Indian journal of veterinary science and animal husbandry - Volumes 26-27, 1956-1957
Year: 1956
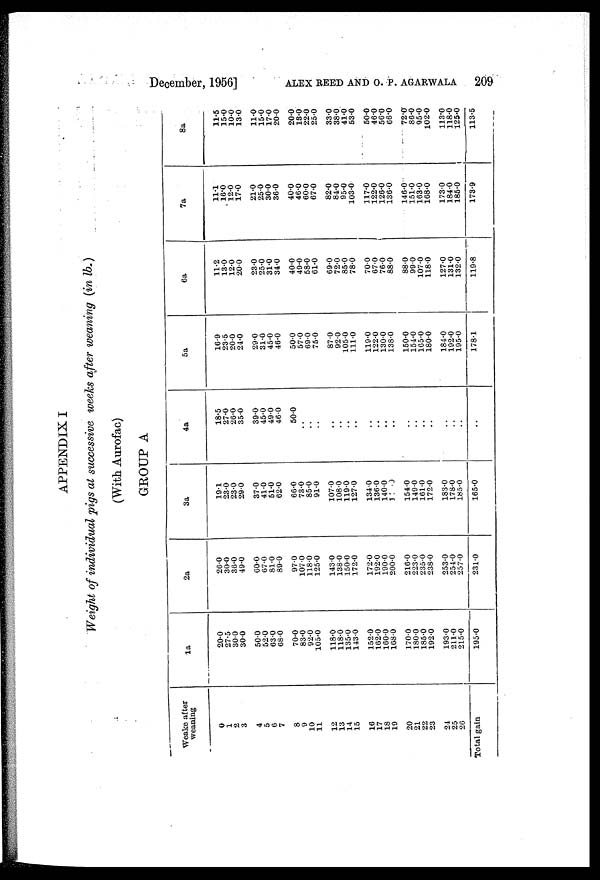
December, 1956] ALEX REED AND O. P. AGARWALA 209
APPENDIX I
Weight of individual pigs at successive weeks after weaning (in lb.)
(With Aurofac)
GROUP A
Weake after
weaning
0
1
2
3
4
5
6
7
8
9
10
11
12
13
14
15
16
17
18
19
20
21
22
23
24
25
26
Total gain
1a
20.0
27.5
30.0
30.0
50.0
52.0
63.0
68.0
70.0
83.0
92.0
105.0
118.0
118.0
135.0
143.0
152.0
162.0
160.0
168.0
170.0
180.0
185.0
192.0
193.0
211.0
215.0
195.0
2a
26.0
30.0
36.0
49.0
60.0
67.0
81.0
89.0
97.0
107.0
118.0
125.0
143.0
138.0
150.0
172.0
172.0
192.0
190.0
200.0
216.0
223.0
235.0
238.0
253.0
254.0
257.0
231.0
3a
19.1
23.0
23.0
29.0
37.0
41.0
51.0
62.0
66.0
73.0
85.0
91.0
107.0
108.0
119.0
127.0
134.0
136.0
140.0
1 .0
154.0
149.0
161.0
172.0
183.0
178.0
185.0
165.0
4a
18.5
27.0
26.0
35.0
39.0
45.0
49.0
46.0
50.0
..
..
..
..
..
..
..
..
..
..
..
..
..
..
..
..
..
..
..
5a
16.9
23.5
20.0
24.0
29.0
31.0
45.0
46.0
50.0
57.0
69.0
75.0
87.0
92.0
105.0
111.0
119.0
122.0
130.0
138.0
150.0
154.0
165.0
180.0
184.0
192.0
195.0
178.1
6a
11.2
13.0
12.0
20.0
23.0
25.0
31.0
34.0
40.0
49.0
58.0
61.0
69.0
72.0
85.0
78.0
70.0
67.0
76.0
88.0
88.0
99.0
107.0
118.0
127.0
131.0
132.0
119.8
7a
11.1
16.0
12.0
17.0
21.0
25.0
30.0
36.0
40.0
46.0
60.0
67.0
82.0
84.0
95.0
103.0
117.0
122.0
126.0
136.0
146.0
151.0
163.0
168.0
173.0
184.0
185.0
173.9
8a
11.5
15.0
10.0
13.0
11.0
15.0
17.0
20.0
20.0
13.0
22.0
25.0
33.0
38.0
41.0
53.0
50.0
46.0
56.0
66.0
72.0
86.0
95.0
102.0
113.0
118.0
125.0
113.5